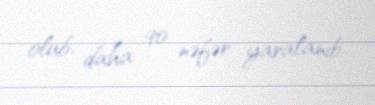
olub, daha 90 nəfər yaralanıb.